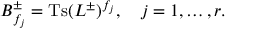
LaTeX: B _ { f _ { j } } ^ { \pm } = \mathrm { T s } ( L ^ { \pm } ) ^ { f _ { j } } , \quad j = 1 , \ldots , r .